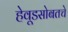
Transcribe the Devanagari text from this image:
हेवूडसोबतचे